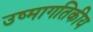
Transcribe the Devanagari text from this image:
उष्मागतिकीय